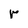
Character: r